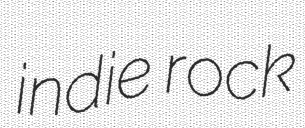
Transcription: indie rock